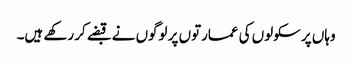
وہاں پر سکولوں کی عمارتوں پر لوگوں نے قبضے کر رکھے ہیں۔